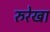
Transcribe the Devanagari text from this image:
रुरेखा